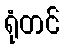
ရုံတင်